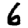
Digit: 6